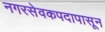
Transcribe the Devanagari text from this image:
नगरसेवकपदापासून